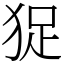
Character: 㹱